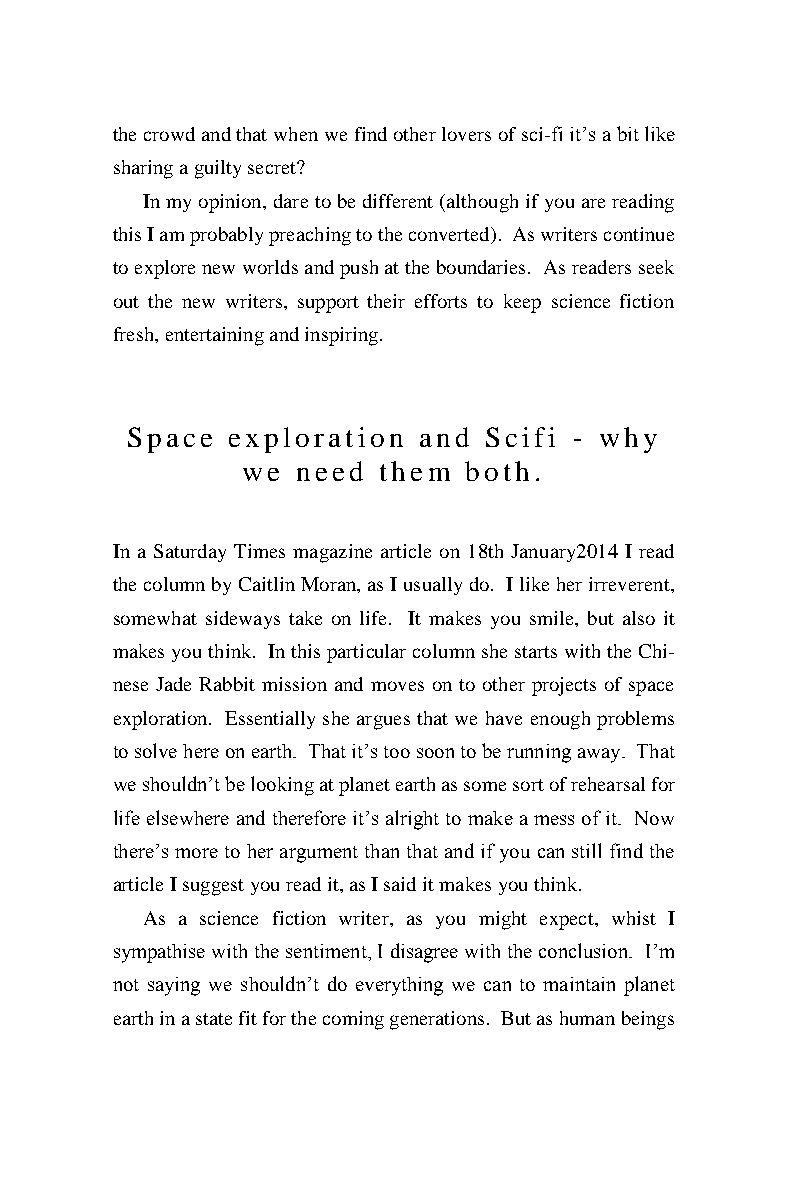
the crowd and that when we find other lovers of sci-fi it’s a bit like
 sharing a guilty secret?
 In my opinion, dare to be different (although if you are reading
 this I am probably preaching to the converted). As writers continue
 to explore new worlds and push at the boundaries. As readers seek
 out the new writers, support their efforts to keep science fiction
 fresh, entertaining and inspiring.
 Space  exploration  and Scifi - why
 we  need them  both.
 In a Saturday Times magazine article on 18th January2014 I read
 the column by Caitlin Moran, as I usually do. I like her irreverent,
 somewhat sideways take on life. It makes you smile, but also it
 makes you think. In this particular column she starts with the Chi-
 nese Jade Rabbit mission and moves on to other projects of space
 exploration. Essentially she argues that we have enough problems
 to solve here on earth. That it’s too soon to be running away. That
 we shouldn’t be looking at planet earth as some sort of rehearsal for
 life elsewhere and therefore it’s alright to make a mess of it. Now
 there’s more to her argument than that and if you can still find the
 article I suggest you read it, as I said it makes you think.
 As a science fiction writer, as you might expect, whist I
 sympathise with the sentiment, I disagree with the conclusion. I’m
 not saying we shouldn’t do everything we can to maintain planet
 earth in a state fit for the coming generations. But as human beings